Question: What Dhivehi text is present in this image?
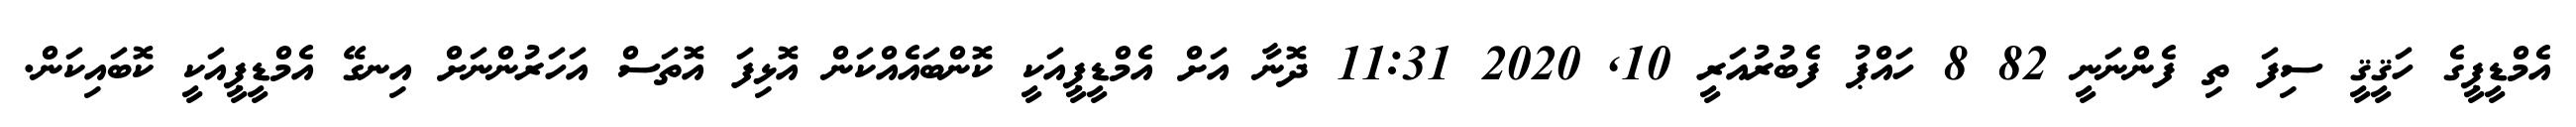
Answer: އެމްޑީޕީގެ ހަޤީޤީ ސިފަ ތި ފެންނަނީ 82 8 ހައްޕު ފެބުރުއަރީ 10, 2020 11:31 ދޮނާ އަށް އެމްޑީޕީއަކީ ކޮންބައެއްކަން އޮޅިފަ އޮތަސް އަހަރުންނަށް އިނގޭ އެމްޑީޕީއަކީ ކޮބައިކަން.